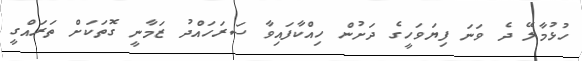
ހުޅުމާލޭ ދެ ވަނަ ފިޔަވަހީގެ ދަށުން ހިއްކާފައިވާ ސަރަހައްދު ޒަމާނީ ގޮތަކަށް ތަރައްގީ